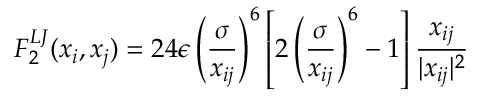
F _ { 2 } ^ { L J } ( x _ { i } , x _ { j } ) = 2 4 \epsilon \left( \frac { \sigma } { x _ { i j } } \right) ^ { 6 } \left[ 2 \left( \frac { \sigma } { x _ { i j } } \right) ^ { 6 } - 1 \right] \frac { x _ { i j } } { | x _ { i j } | ^ { 2 } }